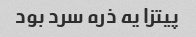
پیتزا یه ذره سرد بود